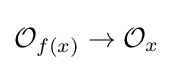
{\mathcal {O}}_{f(x)}\to {\mathcal {O}}_{x}